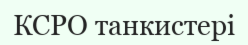
КСРО танкистері